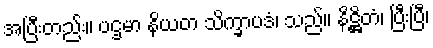
အပြီးတည်း။ ပဌမာ နိယတ သိက္ခာပဒံ၊ သည်။ နိဋ္ဌိတံ၊ ပြီးပြီ၊